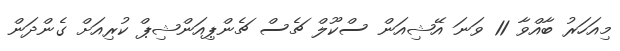
މިއަހަރު ބާއްވާ 11 ވަނަ އޭޝިއަން ސްކޫލް ޗެސް ޗެންޕިއަންޝިޕް ކުރިއަށް ގެންދަން